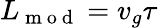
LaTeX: L_{\mathrm{~m~o~d~}}=v_{g}\tau